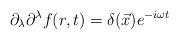
LaTeX: \begin{align*}\partial_\lambda \partial^\lambda f(r,t) = \delta(\vec{x}) e^{-i\omega t}\end{align*}